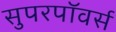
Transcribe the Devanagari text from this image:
सुपरपॉवर्स